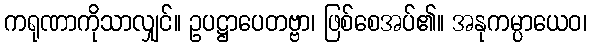
ကရုဏာကိုသာလျှင်။ ဥပဋ္ဌာပေတဗ္ဗာ၊ ဖြစ်စေအပ်၏။ အနုကမ္ပာယေဝ၊